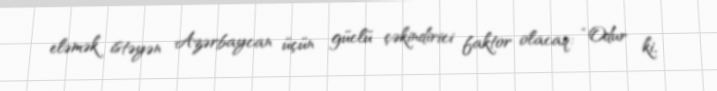
eləmək istəyən Azərbaycan üçün güclü çəkindirici faktor olacaq: “Odur ki,